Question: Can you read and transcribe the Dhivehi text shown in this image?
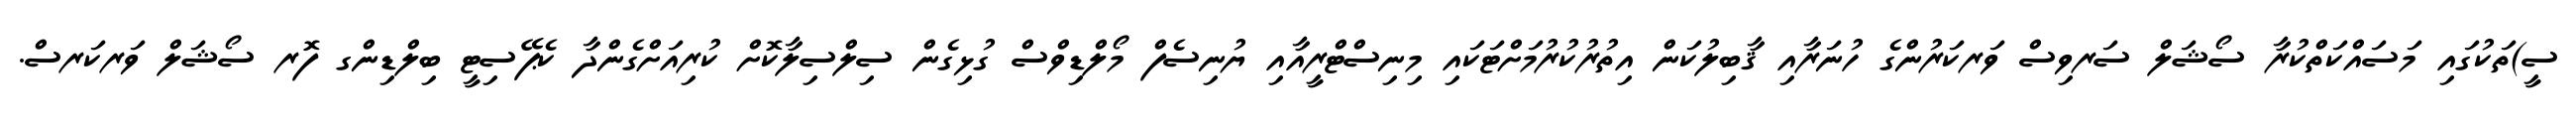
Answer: ސީ)ތަކުގައި މަސައްކަތްކުރާ ސޯޝަލް ސަރވިސް ވަރކަރުންގެ ހުނަރާއި ޤާބިލުކަން އިތުރުކުރުމަށްޓަކައި މިނިސްޓްރީއާއި ޔުނިސެފް މޯލްޑިވްސް ގުޅިގެން ސިލްސިލާކޮށް ކުރިއަށްގެންދާ ކެޕޭސިޓީ ބިލްޑިންގ ފޮރ ސޯޝަލް ވަރކަރސް.